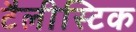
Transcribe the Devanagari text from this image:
टैलीस्टिक